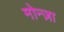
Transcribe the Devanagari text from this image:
मोन्ज़ा